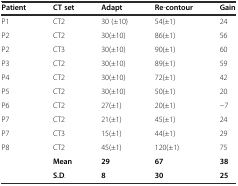
| Patient | CT set | Adapt | Re-contour | Gain |
 | --- | --- | --- | --- | --- |
 | P1 | CT2 | 30 (±10) | 54(±1) | 24 |
 | P2 | CT2 | 30(±10) | 86(±1) | 56 |
 | P2 | CT3 | 30(±10) | 90(±1) | 60 |
 | P3 | CT2 | 30(±10) | 89(±1) | 59 |
 | P4 | CT2 | 30(±10) | 72(±1) | 42 |
 | P5 | CT2 | 30(±10) | 50(±1) | 20 |
 | P6 | CT2 | 27(±1) | 20(±1) | −7 |
 | P7 | CT2 | 21(±1) | 45(±1) | 24 |
 | P7 | CT3 | 15(±1) | 44(±1) | 29 |
 | P8 | CT2 | 45(±1) | 120(±1) | 75 |
 |  | Mean | 29 | 67 | 38 |
 |  | S.D. | 8 | 30 | 25 |